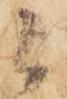
候